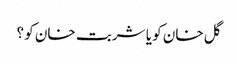
گل خان کو یا شربت خان کو ؟